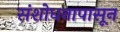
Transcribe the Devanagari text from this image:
संशोधनापासून